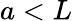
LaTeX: a<L